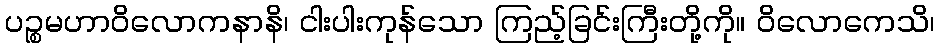
ပဉ္စမဟာဝိလောကနာနိ၊ ငါးပါးကုန်သော ကြည့်ခြင်းကြီးတို့ကို။ ဝိလောကေသိ၊